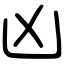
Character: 凶